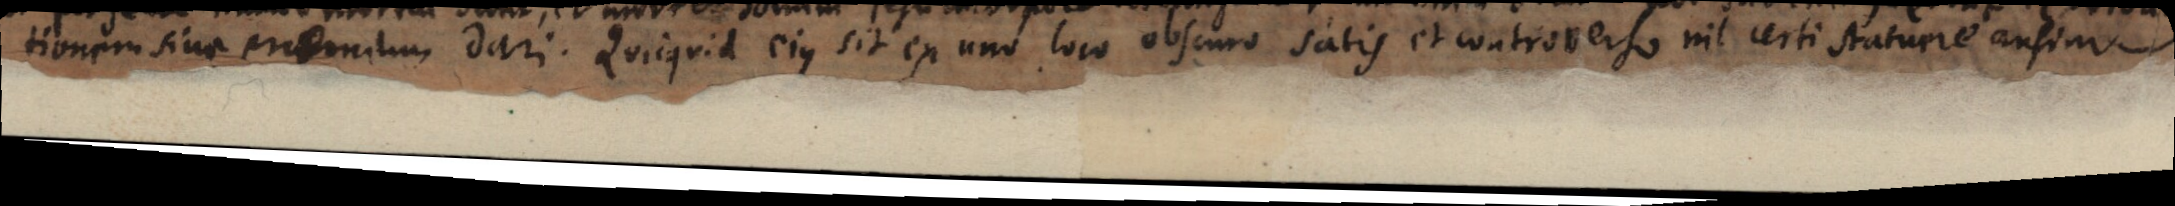
tionem sine premium dari. Quicquid ejus sit ex uno loco obscuro satis et controverso nil certi statuere ausim